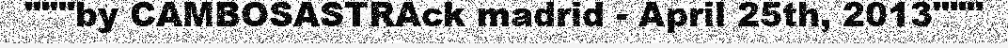
"""by CAMBOSASTRAck madrid - April 25th, 2013"""